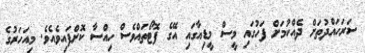
ސަރަހައްދުތަށް ދެއްކުމަށްް ފަހުގައި މީސް މީޑިއާގައި އޭގެ ފޮޓޯތައްވެސް ހިއްސާ ކޮށްފައިވެއެވެ. މިއަހަރުގެ